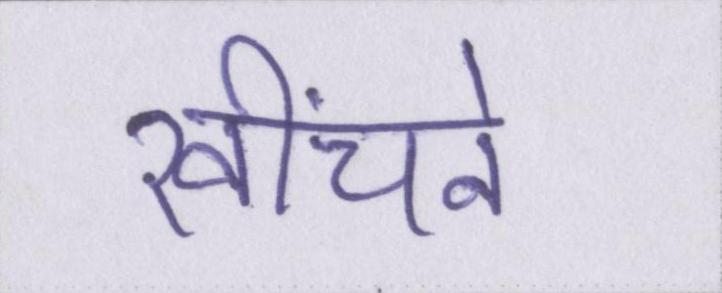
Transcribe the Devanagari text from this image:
खींचने